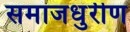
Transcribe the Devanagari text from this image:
समाजधुरीण